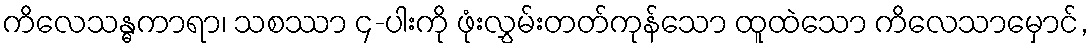
ကိလေသန္ဓကာရာ၊ သစဿာ ၄-ပါးကို ဖုံးလွှမ်းတတ်ကုန်သော ထူထဲသော ကိလေသာမှောင်,